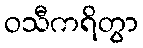
ဝသီကရိတွာ